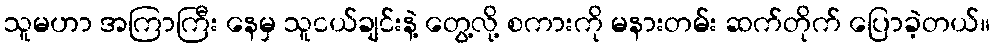
သူမဟာ အကြာကြီး နေမှ သူငယ်ချင်းနဲ့ တွေ့လို့ စကားကို မနားတမ်း ဆက်တိုက် ပြောခဲ့တယ်။